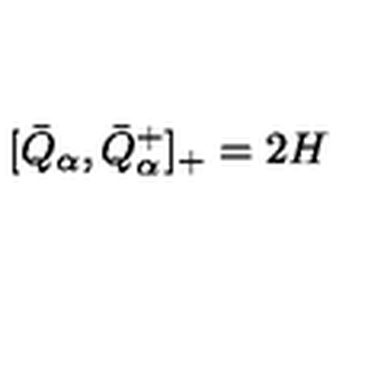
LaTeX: [ \bar { Q } _ { \alpha } , \bar { Q } _ { \alpha } ^ { + } ] _ { + } = 2 H